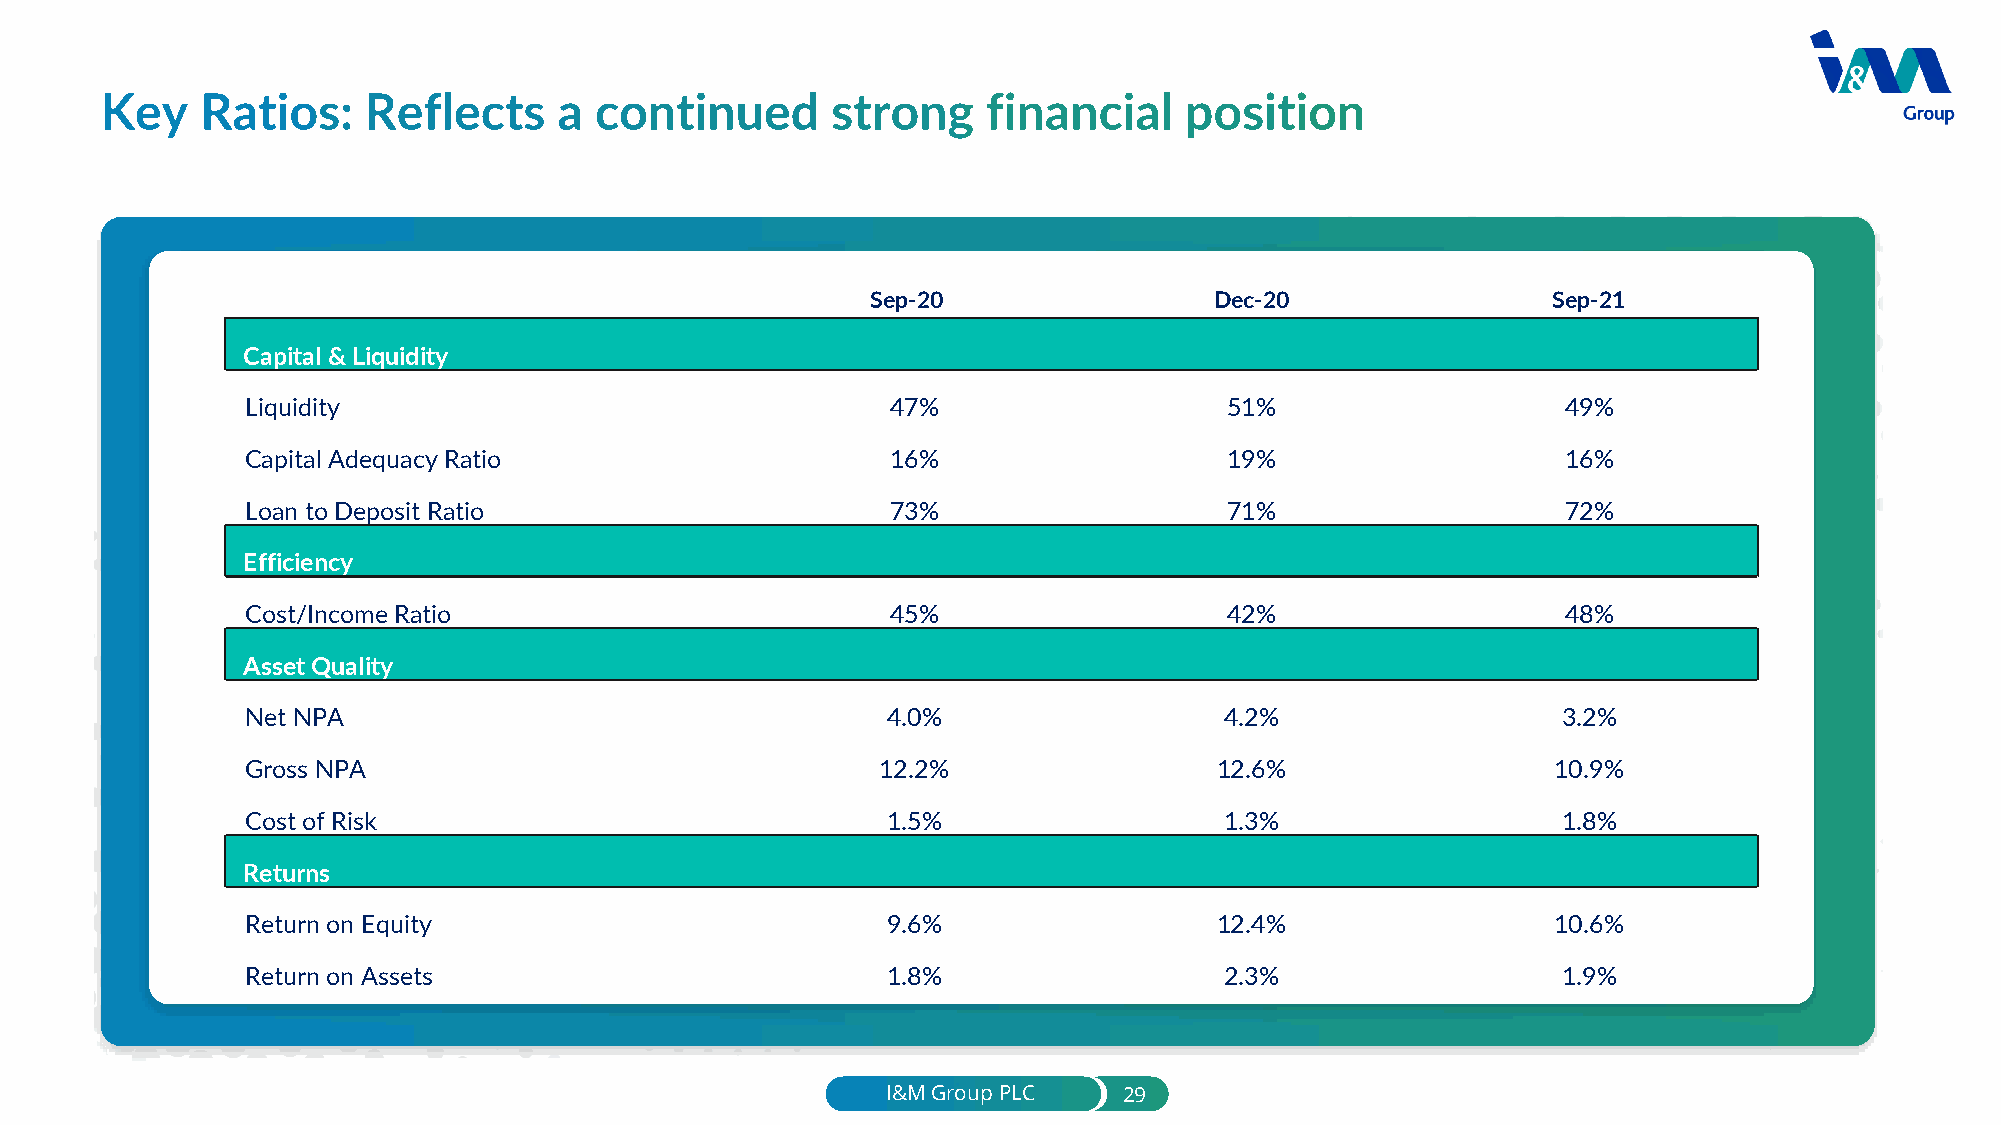
Sep-20                Dec-20                 Sep-21
 Capital & Liquidity
 Liquidity                                  47%                   51%                    49%
 Capital Adequacy Ratio                     16%                   19%                    16%
 Loan to Deposit Ratio                      73%                   71%                    72%
 Efficiency
 Cost/Income Ratio                          45%                   42%                    48%
 Asset Quality
 Net NPA                                    4.0%                  4.2%                  3.2%
 Gross NPA                                 12.2%                  12.6%                 10.9%
 Cost of Risk                               1.5%                  1.3%                  1.8%
 Returns
 Return on Equity                           9.6%                  12.4%                 10.6%
 Return on Assets                           1.8%                  2.3%                  1.9%
 I&M Group PLC  29